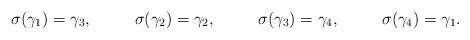
LaTeX: \begin{align*}\sigma(\gamma_1) &= \gamma_3,&\sigma(\gamma_2) &= \gamma_2,&\sigma(\gamma_3) &= \gamma_4,&\sigma(\gamma_4) &= \gamma_1.\end{align*}